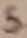
Text: 5